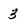
Character: 3